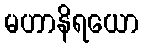
မဟာနိရယော